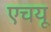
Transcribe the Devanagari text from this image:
एचयू